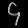
Digit: ၄